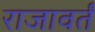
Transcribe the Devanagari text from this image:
राजावर्तं